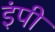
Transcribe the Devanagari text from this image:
इंपी